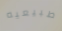
طبيعيه